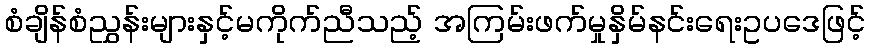
စံချိန်စံညွှန်းများနှင့်မကိုက်ညီသည့် အကြမ်းဖက်မှုနှိမ်နင်းရေးဥပဒေဖြင့်